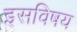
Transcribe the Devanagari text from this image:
इसविषय